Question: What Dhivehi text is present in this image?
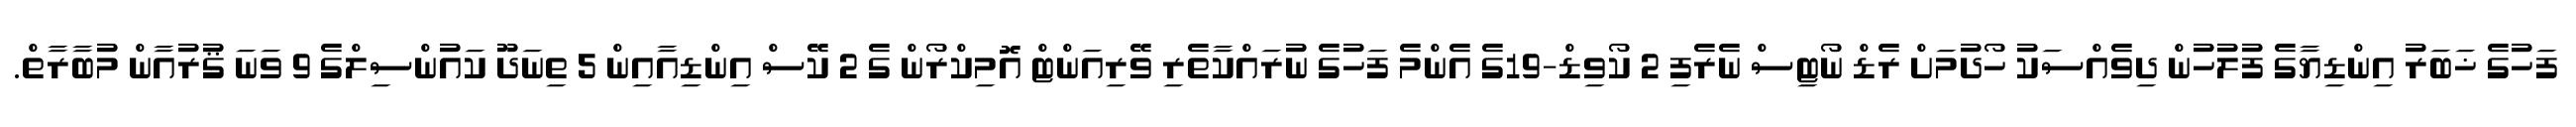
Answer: ފަހުގެ ޚަބަރު އިންޑިޔާގެ ފުލުހުން ދިވެއްސަކު ހޯދުމަށް ރެޑް ނޯޓިސް ނެރެފި 2 ކޯވިޑް-19ގެ އެންމެ ފަހުގެ ނުރައްކާތެރި ވޭރިއަންޓް އޮމިކްރޯން ގެ 2 ކޭސް އިންޑިއާއިން 5 ތިނަދޫ ކައުންސިލްގެ 9 ވަނަ ޤުރުއާން މުބާރާތް.